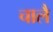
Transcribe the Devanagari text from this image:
चालै